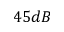
4 5 d B